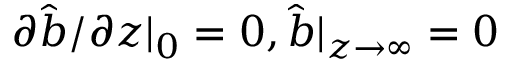
\partial \hat { b } / \partial z | _ { 0 } = 0 , \hat { b } | _ { z \rightarrow \infty } = 0